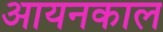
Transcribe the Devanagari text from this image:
आयनकाल